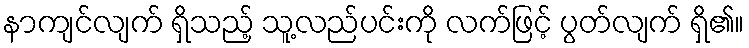
နာကျင်လျက် ရှိသည့် သူ့လည်ပင်းကို လက်ဖြင့် ပွတ်လျက် ရှိ၏။